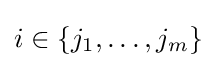
i\in \{j_{1},\dots ,j_{m}\}